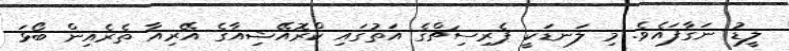
ލީޑު ނަގާފައެވެ. މި ލަނޑަކީ ޕެރިސިޗްގެ އަތުގައި ކްރޮއޭޝިއާގެ އޭރިއާ ތެރެއިން ބޯޅަ